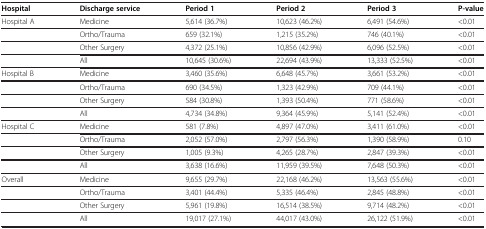
<table><thead><tr><td><b>Hospital</b></td><td><b>Discharge service</b></td><td><b>Period 1</b></td><td><b>Period 2</b></td><td><b>Period 3</b></td><td><b>P-value</b></td></tr></thead><tbody><tr><td>Hospital A</td><td>Medicine</td><td>5,614 (36.7%)</td><td>10,623 (46.2%)</td><td>6,491 (54.6%)</td><td>&lt;0.01</td></tr><tr><td> </td><td>Ortho/Trauma</td><td>659 (32.1%)</td><td>1,215 (35.2%)</td><td>746 (40.1%)</td><td>&lt;0.01</td></tr><tr><td> </td><td>Other Surgery</td><td>4,372 (25.1%)</td><td>10,856 (42.9%)</td><td>6,096 (52.5%)</td><td>&lt;0.01</td></tr><tr><td> </td><td>All</td><td>10,645 (30.6%)</td><td>22,694 (43.9%)</td><td>13,333 (52.5%)</td><td>&lt;0.01</td></tr><tr><td>Hospital B</td><td>Medicine</td><td>3,460 (35.6%)</td><td>6,648 (45.7%)</td><td>3,661 (53.2%)</td><td>&lt;0.01</td></tr><tr><td> </td><td>Ortho/Trauma</td><td>690 (34.5%)</td><td>1,323 (42.9%)</td><td>709 (44.1%)</td><td>&lt;0.01</td></tr><tr><td> </td><td>Other Surgery</td><td>584 (30.8%)</td><td>1,393 (50.4%)</td><td>771 (58.6%)</td><td>&lt;0.01</td></tr><tr><td> </td><td>All</td><td>4,734 (34.8%)</td><td>9,364 (45.9%)</td><td>5,141 (52.4%)</td><td>&lt;0.01</td></tr><tr><td>Hospital C</td><td>Medicine</td><td>581 (7.8%)</td><td>4,897 (47.0%)</td><td>3,411 (61.0%)</td><td>&lt;0.01</td></tr><tr><td> </td><td>Ortho/Trauma</td><td>2,052 (57.0%)</td><td>2,797 (56.3%)</td><td>1,390 (58.9%)</td><td>0.10</td></tr><tr><td> </td><td>Other Surgery</td><td>1,005 (9.3%)</td><td>4,265 (28.7%)</td><td>2,847 (39.3%)</td><td>&lt;0.01</td></tr><tr><td> </td><td>All</td><td>3,638 (16.6%)</td><td>11,959 (39.5%)</td><td>7,648 (50.3%)</td><td>&lt;0.01</td></tr><tr><td>Overall</td><td>Medicine</td><td>9,655 (29.7%)</td><td>22,168 (46.2%)</td><td>13,563 (55.6%)</td><td>&lt;0.01</td></tr><tr><td> </td><td>Ortho/Trauma</td><td>3,401 (44.4%)</td><td>5,335 (46.4%)</td><td>2,845 (48.8%)</td><td>&lt;0.01</td></tr><tr><td> </td><td>Other Surgery</td><td>5,961 (19.8%)</td><td>16,514 (38.5%)</td><td>9,714 (48.2%)</td><td>&lt;0.01</td></tr><tr><td> </td><td>All</td><td>19,017 (27.1%)</td><td>44,017 (43.0%)</td><td>26,122 (51.9%)</td><td>&lt;0.01</td></tr></tbody></table>